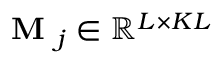
\textbf { M } _ { j } \in \mathbb { R } ^ { L \times K L }